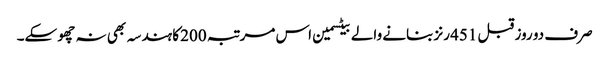
صرف دو روز قبل 451 رنز بنانے والے بیٹسمین اس مرتبہ 200 کا ہندسہ بھی نہ چھو سکے۔